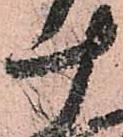
十